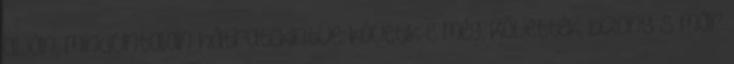
alján, minduntalan hátratekintve: követik-e még. Követték, bizony S már